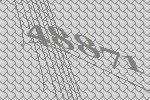
48871